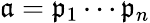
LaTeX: {\mathfrak{a}}={\mathfrak{p}}_{1}\cdots{\mathfrak{p}}_{n}